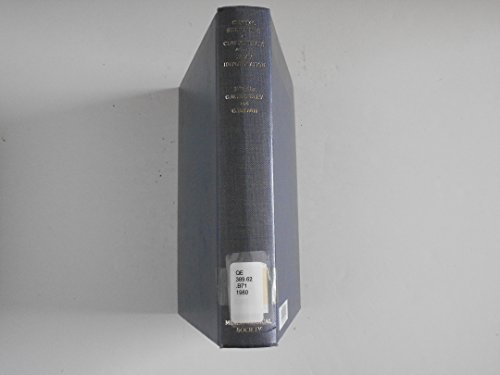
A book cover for Crystal Structures of Clay Minerals and their X-ray Identification (Monograph / Mineralogical Society); G.W. Brindley and G. Brown; Science & Math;